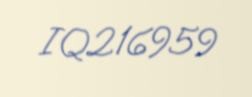
IQ216959